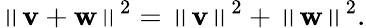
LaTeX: \left\| \mathbf{v}+\mathbf{w}\right\| ^{2}=\left\| \mathbf{v}\right\| ^{2}+\left\| \mathbf{w}\right\| ^{2}.